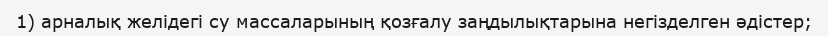
1) арналық желідегі су массаларының қозғалу заңдылықтарына негізделген әдістер;